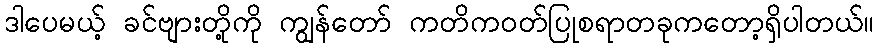
ဒါပေမယ့် ခင်ဗျားတို့ကို ကျွန်တော် ကတိကဝတ်ပြုစရာတခုကတော့ရှိပါတယ်။